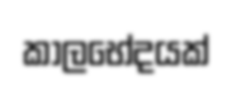
කාලභේදයක්